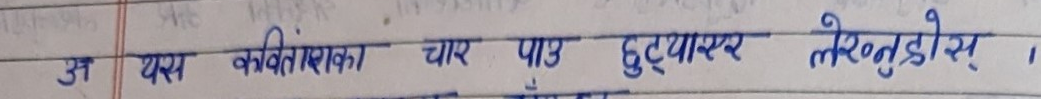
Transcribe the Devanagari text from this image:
अ यस कविताका चार पाउ छुट्याएर लेख्नुहोस् ।